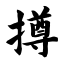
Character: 撙